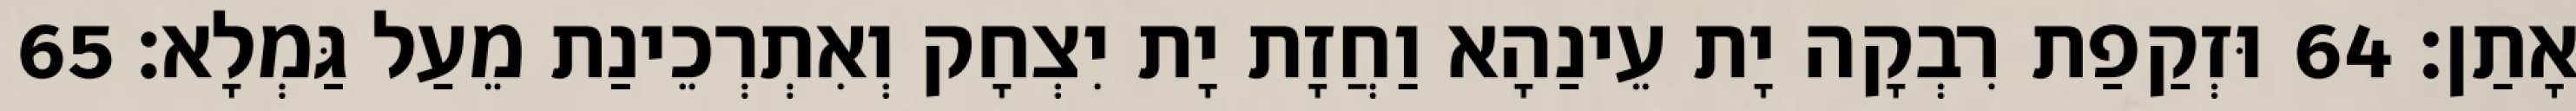
אָתַן׃ 64 וּזְקַפַת רִבְקָה יָת עֵינַהָא וַחֲזָת יָת יִצְחָק וְאִתְרְכֵינַת מֵעַל גַּמְלָא׃ 65